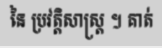
នៃ ប្រវត្តិសាស្ត្រ ។ គាត់